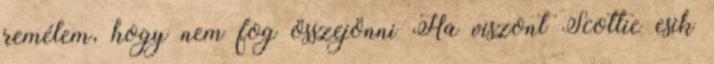
remélem, hogy nem fog összejönni Ha viszont Scottie esik